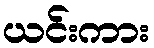
ယင်းကား